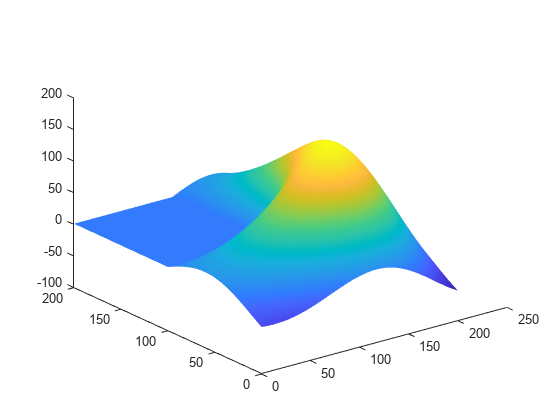
matlab, surface